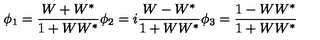
\phi _ { 1 } = \frac { W + W ^ { * } } { 1 + W W ^ { * } } \phi _ { 2 } = i \frac { W - W ^ { * } } { 1 + W W ^ { * } } \phi _ { 3 } = \frac { 1 - W W ^ { * } } { 1 + W W ^ { * } } \,